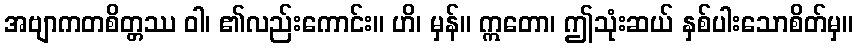
အဗျာကတစိတ္တဿ ဝါ၊ ၏လည်းကောင်း။ ဟိ၊ မှန်။ ဣတော၊ ဤသုံးဆယ် နှစ်ပါးသောစိတ်မှ။